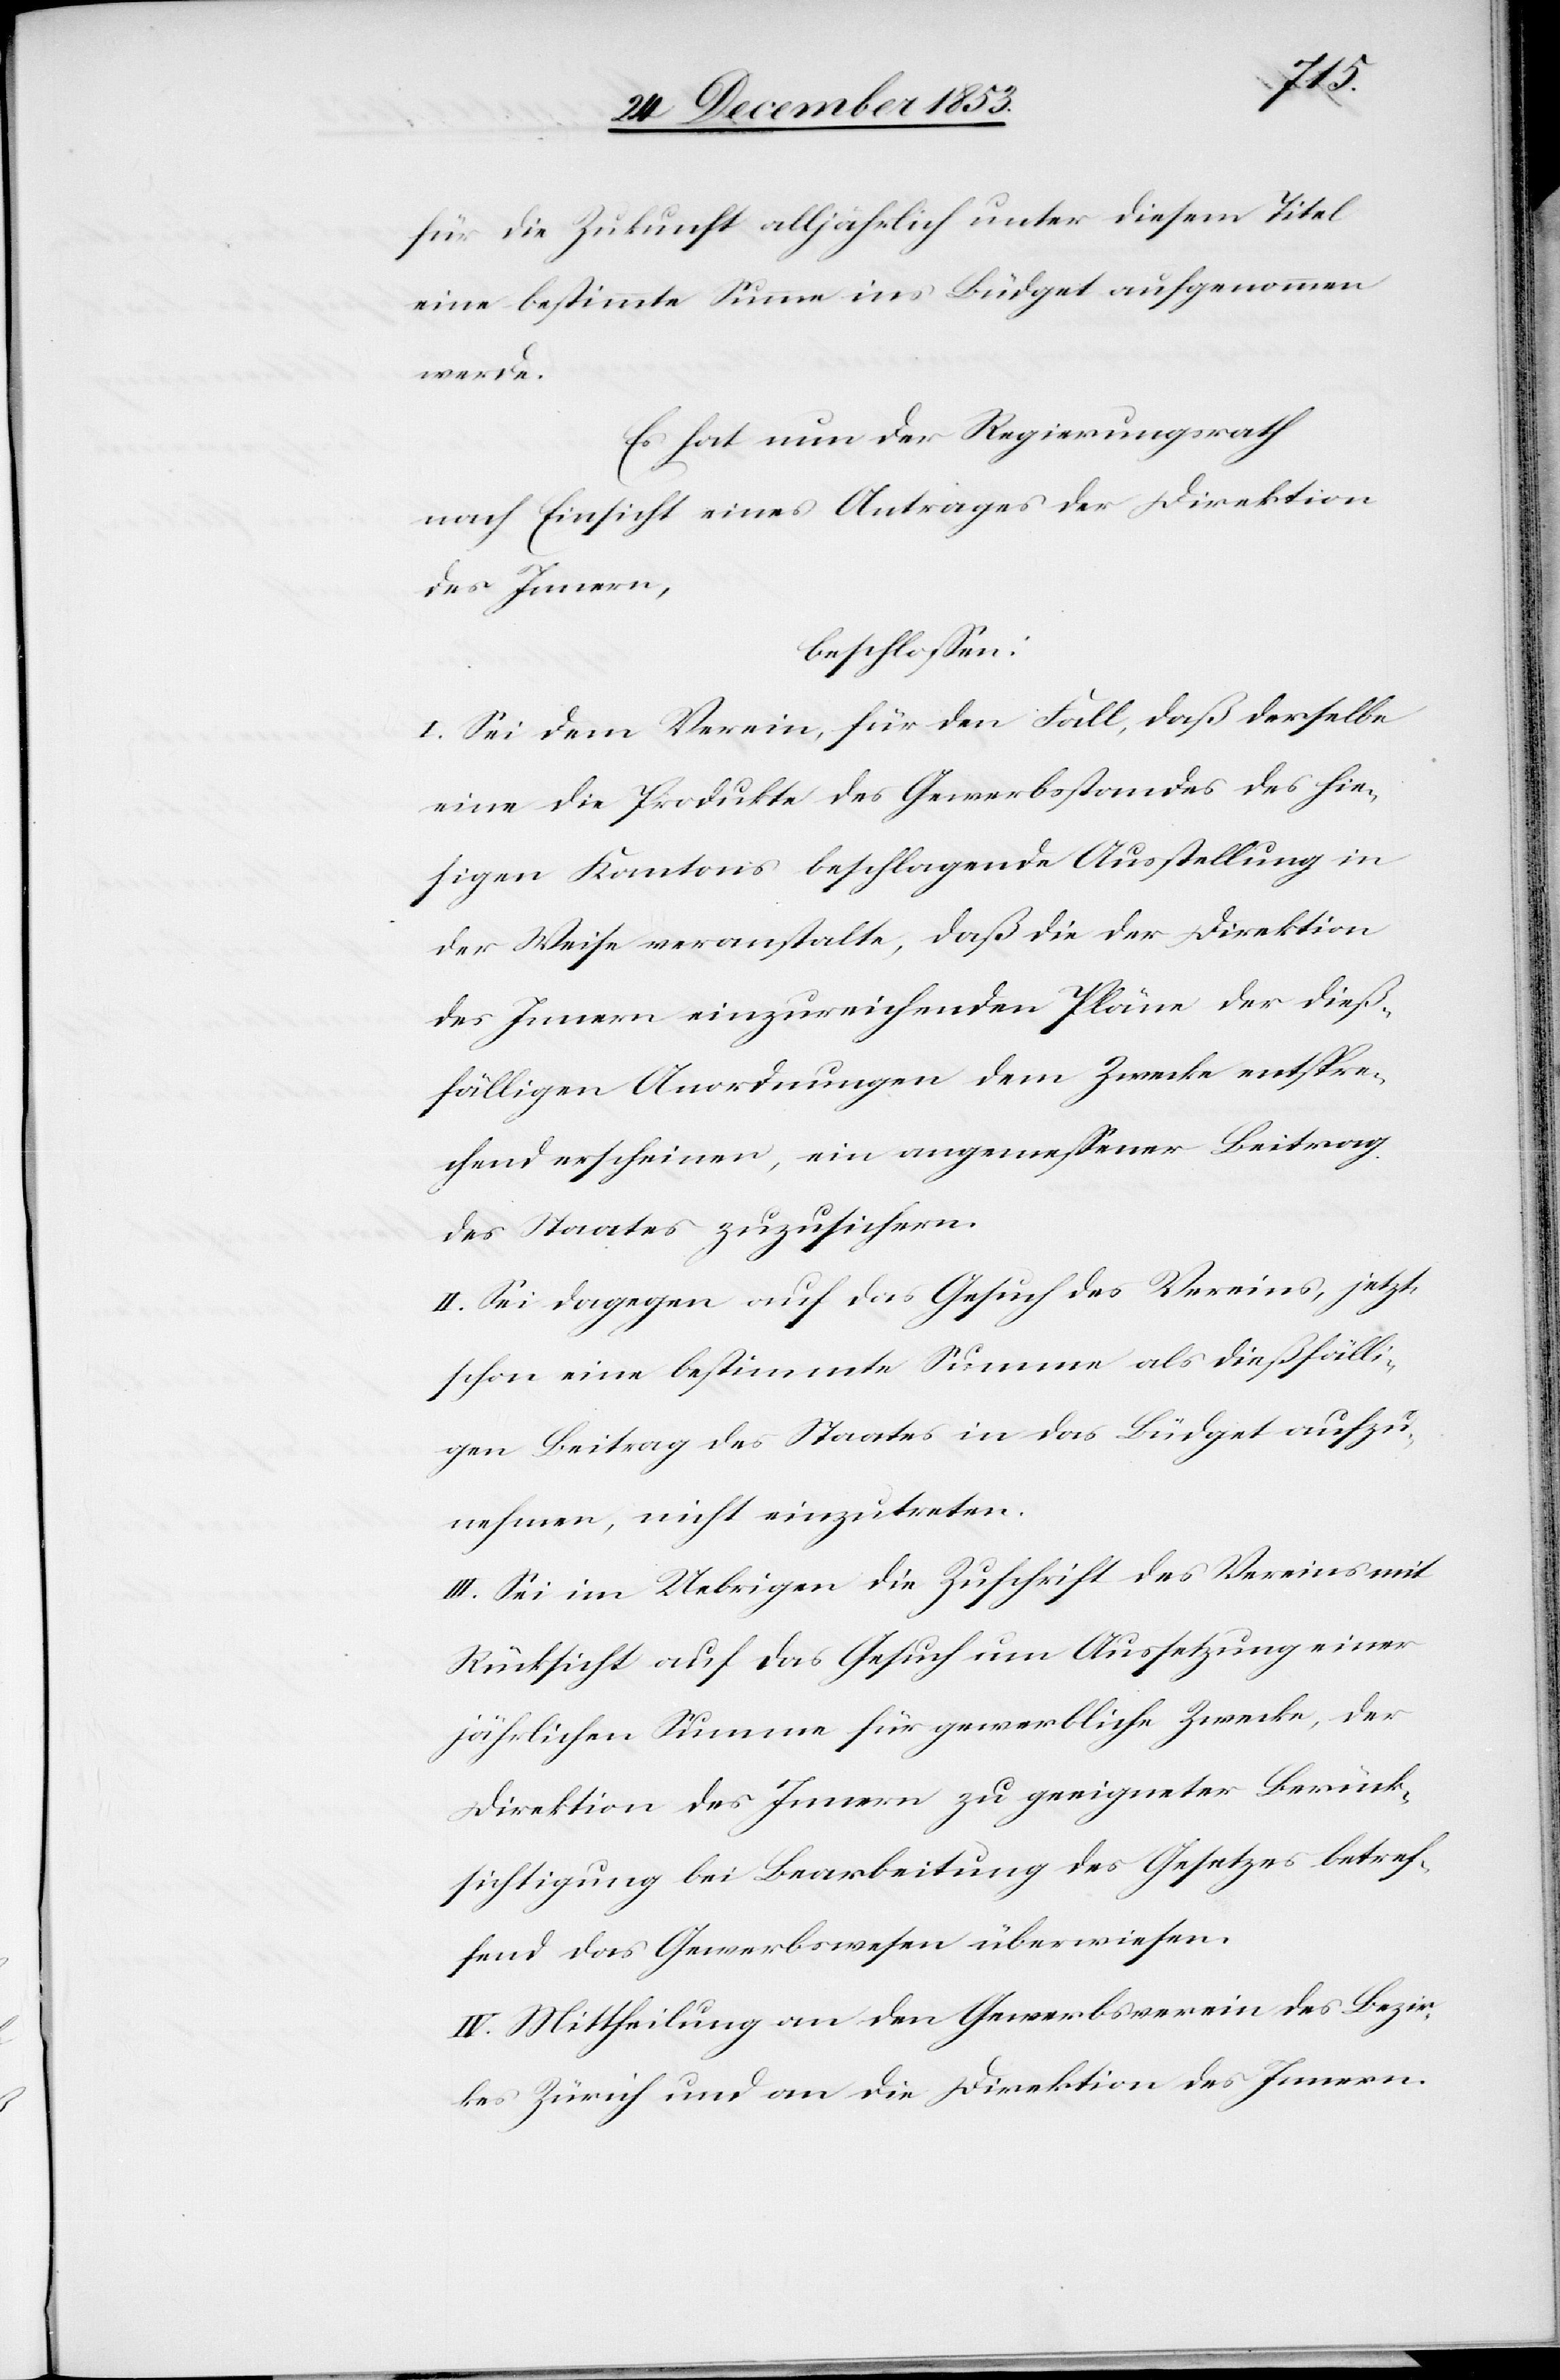
für die Zukunft alljährlich unter diesem Titel
eine bestimmte Summe ins Büdget aufgenommen
werde.
Es hat nun der Regierungsrath
nach Einsicht eines Antrages der Direktion
des Innern,
beschloßen:
I. Sei dem Verein, für den Fall, daß derselbe
eine die Produkte des Gewerbsstandes des hie¬
sigen Kantons beschlagende Ausstellung in
der Weise veranstalte, daß die der Direktion
des Innern einzureichenden Pläne der dieß¬
fälligen Anordnungen dem Zwecke entspre¬
chend erscheinen, ein angemeßener Beitrag
des Staates zuzusichern.
II. Sei dagegen auf das Gesuch des Vereines, jetzt
schon eine bestimmte Summe als dießfälli¬
gen Beitrag des Staates in das Büdget aufzu¬
nehmen, nicht einzutreten.
III. Sei im Uebrigen die Zuschrift des Vereines mit
Rücksicht auf das Gesuch um Aussetzung einer
jährlichen Summe für gewerbliche Zwecke, der
Direktion des Innern zu geeigneter Berück¬
sichtigung bei Bearbeitung des Gesetzes betref¬
fend das Gewerbswesen überwiesen.
IV. Mittheilung an den Gewerbsverein des Bezir¬
kes Zürich und an die Direktion des Innern.